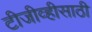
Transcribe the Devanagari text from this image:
टीजीव्हीसाठी